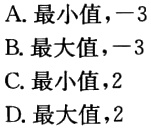
A.最小值，$-3$
B.最大值，$-3$
C.最小值，$2$
D.最大值，$2$